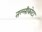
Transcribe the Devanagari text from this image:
तल्लीकोटा